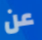
عن